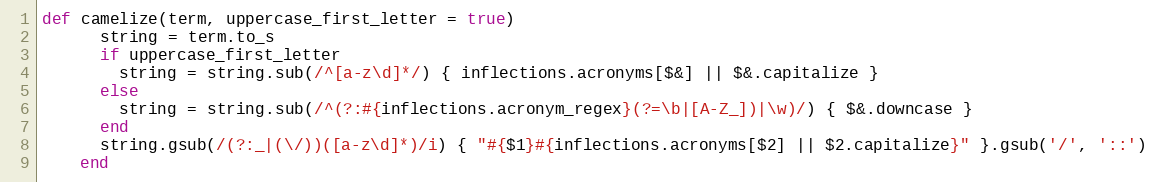
Language: Ruby
def camelize(term, uppercase_first_letter = true)
      string = term.to_s
      if uppercase_first_letter
        string = string.sub(/^[a-z\d]*/) { inflections.acronyms[$&] || $&.capitalize }
      else
        string = string.sub(/^(?:#{inflections.acronym_regex}(?=\b|[A-Z_])|\w)/) { $&.downcase }
      end
      string.gsub(/(?:_|(\/))([a-z\d]*)/i) { "#{$1}#{inflections.acronyms[$2] || $2.capitalize}" }.gsub('/', '::')
    end